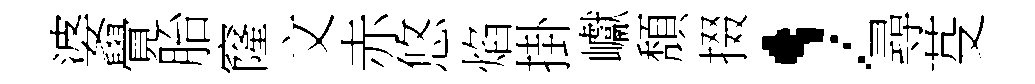
婆覺胎窿文赤悠焰掛巘頽掇，尋芟